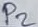
Text: P2